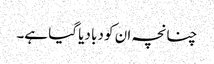
چنانچہ ان کو دبا دیا گیا ہے۔